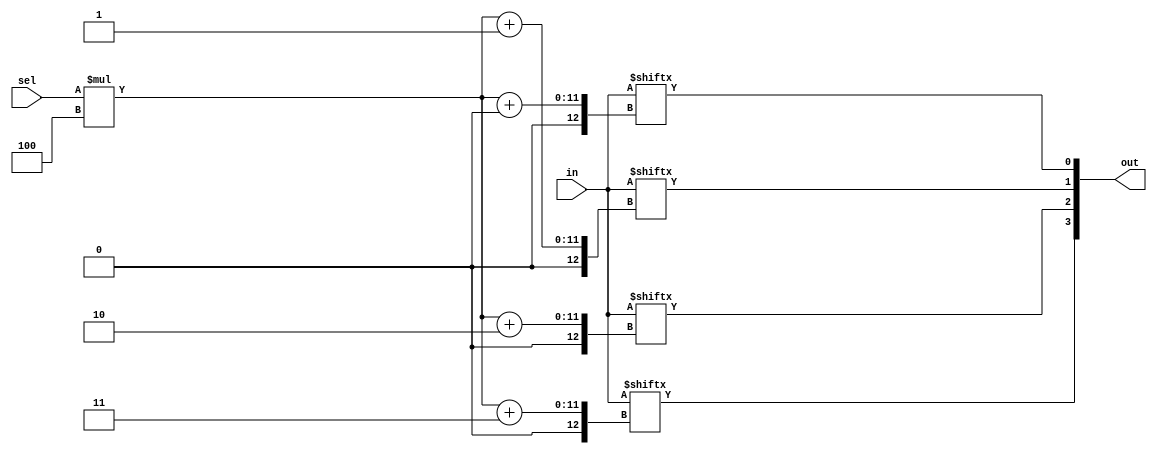
module top_module (
	input [1023:0] in,
	input [7:0] sel,
	output [3:0] out
);

	// We can't part-select multiple bits without an error, but we can select one bit at a time,
	// four times, then concatenate them together.
	assign out = {in[sel*4+3], in[sel*4+2], in[sel*4+1], in[sel*4+0]};

	// Alternatively, "indexed vector part select" works better, but has an unfamiliar syntax:
	// assign out = in[sel*4 +: 4];		// Select starting at index "sel*4", then select a total width of 4 bits with increasing (+:) index number.
	// assign out = in[sel*4+3 -: 4];	// Select starting at index "sel*4+3", then select a total width of 4 bits with decreasing (-:) index number.
	// Note: The width (4 in this case) must be constant.

endmodule